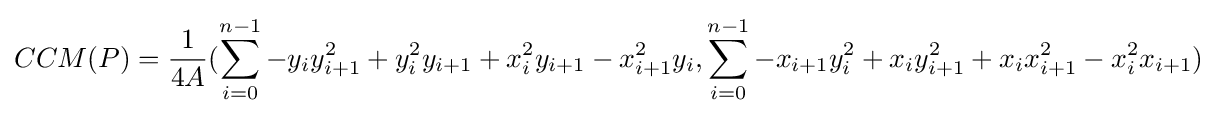
CCM(P)={\frac {1}{4A}}(\sum _{i=0}^{n-1}-y_{i}y_{i+1}^{2}+y_{i}^{2}y_{i+1}+x_{i}^{2}y_{i+1}-x_{i+1}^{2}y_{i},\sum _{i=0}^{n-1}-x_{i+1}y_{i}^{2}+x_{i}y_{i+1}^{2}+x_{i}x_{i+1}^{2}-x_{i}^{2}x_{i+1})